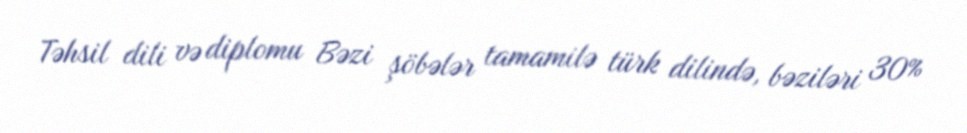
Təhsil dili və diplomu Bəzi şöbələr tamamilə türk dilində, bəziləri 30%